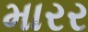
મારર